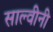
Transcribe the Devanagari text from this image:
साल्वीनी